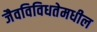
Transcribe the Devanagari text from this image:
जैवविविधतेमधील